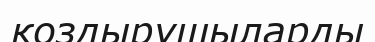
қоздырушыларды